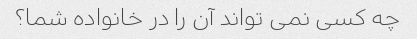
چه کسی نمی تواند آن را در خانواده شما؟